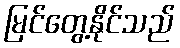
မြင်တွေ့နိုင်သည်